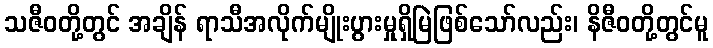
သဇီဝတို့တွင် အချိန် ရာသီအလိုက်မျိုးပွားမှုရှိမြဲဖြစ်သော်လည်း၊ နိဇီဝတို့တွင်မူ